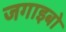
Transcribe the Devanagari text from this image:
जगाइबो